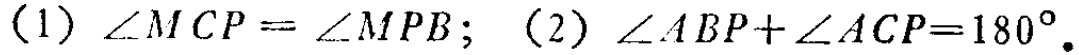
(1) $\angle MCP = \angle MPB$; (2) $\angle ABP+\angle ACP = 180^{\circ}$.